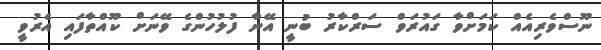
ނޫސްވެރިއެއް ކަމަށްވާ ގައުރަވް ސަރްކާރު ބުނީ އޭނާ ފުލުހުންގެ ވޭނަށް ކޫއްތާފައި އެރުވީ